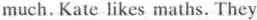
much. Kate likes maths. They